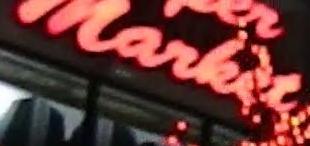
market